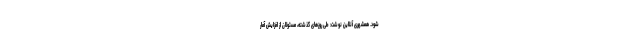
شود. همشهری آنلاین نوشت: طی روزهای گذشته، مسئولان از افزایش آمار